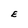
Character: E